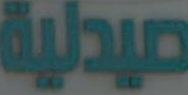
صيدلية